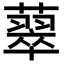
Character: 䕜